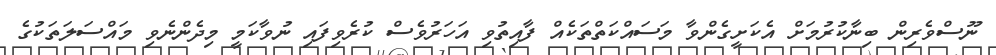
ނޫސްވެރިން ބިނާކުރުމަށް އެކަށީގެންވާ މަސައްކަތްތަކެއް ފާއިތުވި އަހަރުވެސް ކުރެވިފައި ނުވާކަމީ މިދެންނެވި މައްސަލަތަކުގެ